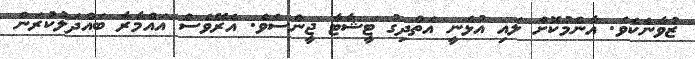
ޒުވާނެކެވެ. އާންމުކޮށް ލައި އުޅެނީ އަތްދިގު ޓީޝާޓާ ޖީންސެވެ. އެރޭވެސް އައްމާރާ ބައްދަލުކުރަން